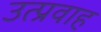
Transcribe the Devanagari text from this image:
उत्प्रवाह